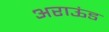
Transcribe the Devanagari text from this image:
अराऊंड